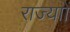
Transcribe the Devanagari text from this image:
राज्याों